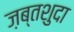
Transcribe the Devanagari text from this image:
ज़ब्तशुदा